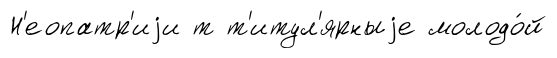
Н'еопатр'иjи т т'итул'ярныjе молодо́й